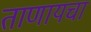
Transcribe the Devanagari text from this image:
ताणायचा